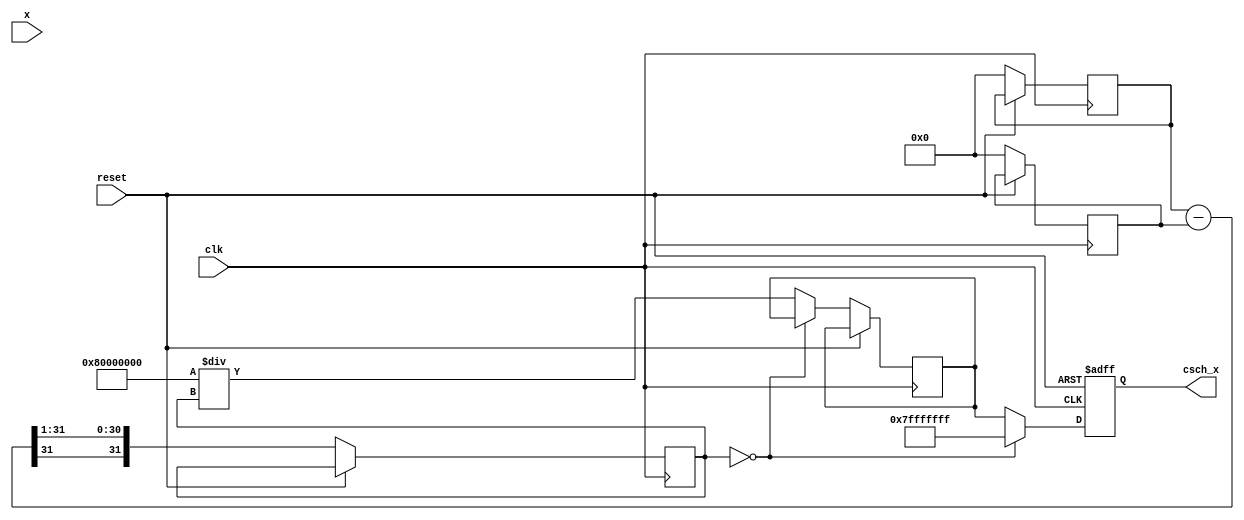
module csch (
    input wire signed [31:0] x,       // Input: Fixed-point representation of x
    output reg signed [31:0] csch_x,   // Output: Fixed-point representation of csch(x)
    input wire clk,
    input wire reset
);

    reg signed [31:0] exp_x;           // e^x
    reg signed [31:0] exp_neg_x;       // e^(-x)
    reg signed [31:0] sinh_x;          // sinh(x)
    reg signed [31:0] sinh_x_inv;      // 1/sinh(x)

    // Exponential Calculation (Placeholder)
    function signed [31:0] exp_func(input signed [31:0] val);
        // Implement exponential function here (Taylor series or LUT)
        // For simplicity, returning a dummy value
        exp_func = 32'h00000000; // Replace with actual implementation
    endfunction

    always @(posedge clk or posedge reset) begin
        if (reset) begin
            csch_x <= 32'h00000000; // Reset output
        end else begin
            // Compute e^x and e^(-x)
            exp_x <= exp_func(x);
            exp_neg_x <= exp_func(-x);
            
            // Compute sinh(x)
            sinh_x <= (exp_x - exp_neg_x) >>> 1; // Divide by 2
            
            // Check for zero to avoid division by zero
            if (sinh_x == 32'h00000000) begin
                csch_x <= 32'h7FFFFFFF; // Set to max value to represent infinity
            end else begin
                // Compute 1/sinh(x)
                sinh_x_inv <= (32'h00000001 << 31) / sinh_x; // 1/sinh(x) using fixed-point division
                csch_x <= sinh_x_inv;
            end
        end
    end

endmodule